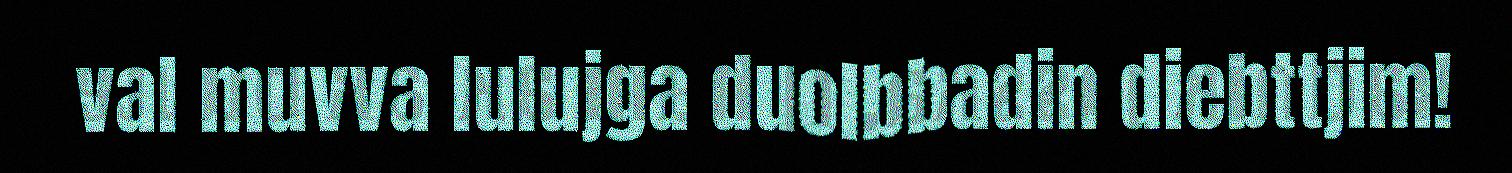
val muvva lulujga duolbbadin diebttjim!